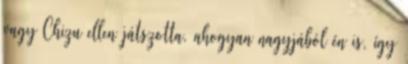
vagy Chizu ellen játszotta, ahogyan nagyjából én is, így